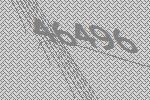
46496